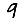
Digit: 9